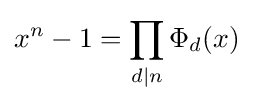
x^{n}-1=\prod _{d|n}\Phi _{d}(x)